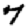
Digit: 7